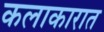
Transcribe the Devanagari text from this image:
कलाकारात